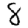
Digit: 8